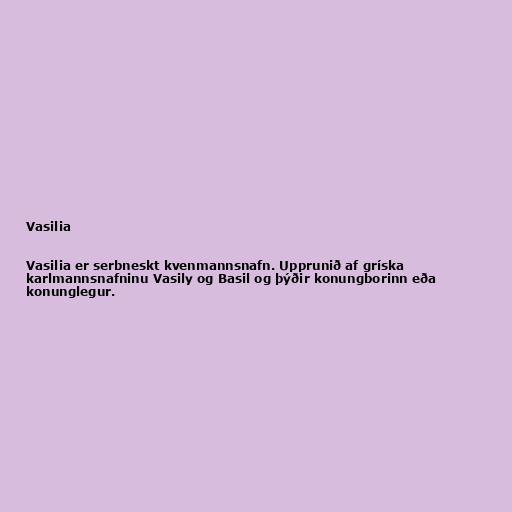
Vasilia

Vasilia er serbneskt kvenmannsnafn. Upprunið af gríska
karlmannsnafninu Vasily og Basil og þýðir konungborinn eða
konunglegur.